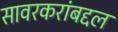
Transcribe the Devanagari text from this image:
सावरकरांबद्दल